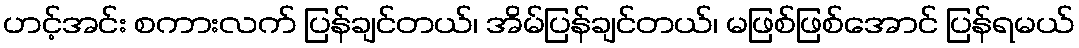
ဟင့်အင်း စကားလက် ပြန်ချင်တယ်၊ အိမ်ပြန်ချင်တယ်၊ မဖြစ်ဖြစ်အောင် ပြန်ရမယ်